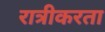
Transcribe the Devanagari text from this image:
रात्रीकरता